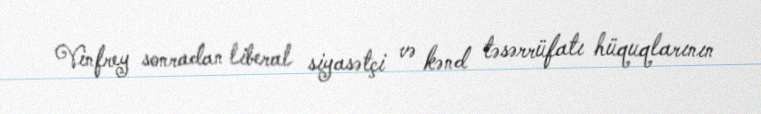
Vinfrey sonradan liberal siyasətçi və kənd təsərrüfatı hüquqlarının